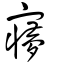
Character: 㝱